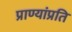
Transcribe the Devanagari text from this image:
प्राण्यांप्रति